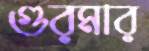
গুরমার